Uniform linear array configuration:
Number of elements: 8
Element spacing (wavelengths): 0.5
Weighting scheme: hann
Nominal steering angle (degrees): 15
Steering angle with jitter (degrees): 16.542
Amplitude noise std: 0.05
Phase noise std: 0.05

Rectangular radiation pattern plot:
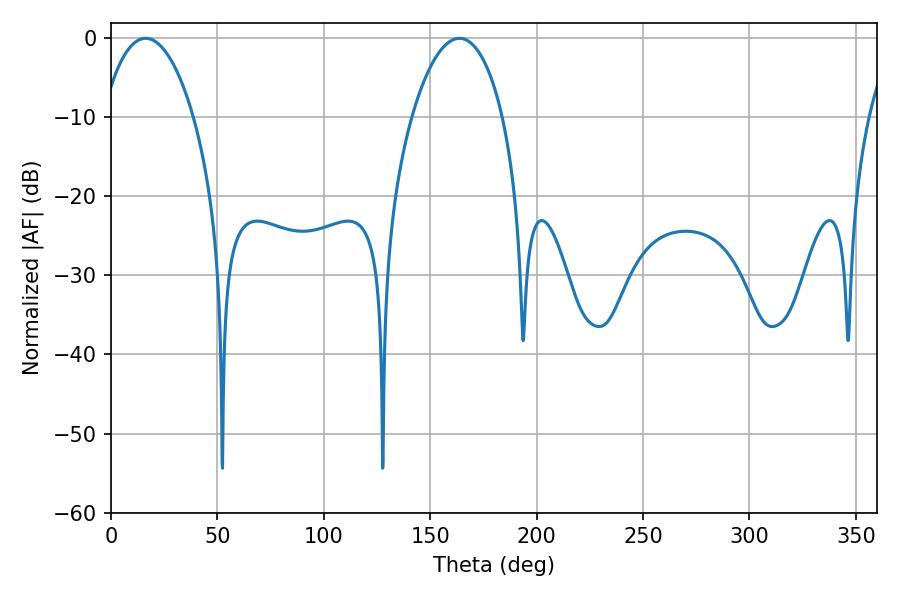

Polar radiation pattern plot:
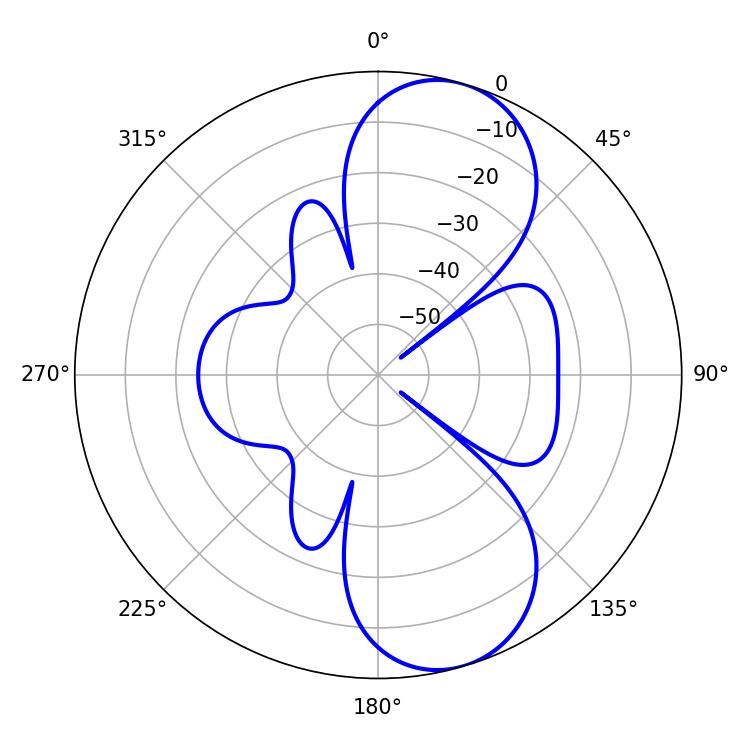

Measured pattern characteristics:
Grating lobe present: FALSE
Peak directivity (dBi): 8.95
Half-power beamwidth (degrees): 23.94
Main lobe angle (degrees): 16.2